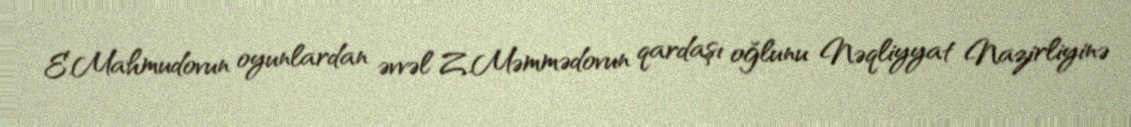
E.Mahmudovun oyunlardan əvvəl Z.Məmmədovun qardaşı oğlunu Nəqliyyat Nazirliyinə